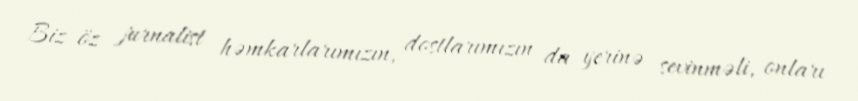
Biz öz jurnalist həmkarlarımızın, dostlarımızın da yerinə sevinməli, onları